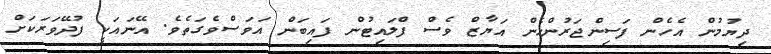
ދިޔުމުން އެހެން ފަސިންޖަރުންހެން އަޔާޒް ވެސް ފްލައިޓުން ފައިބަން އަވަސްވެގަތެވެ. އޭނައަކީ ފުދޭވަރަކަށް